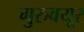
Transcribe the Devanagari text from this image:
गुरुवयूर